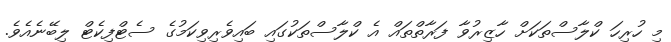
މި ހުރިހަަ ކްލާސްތަކަށް ހާޒިރުވާ ފަރާތްތައް އެ ކްލާސްތަކުގައި ބައިވެރިވިކަމުގެ ސެޓްފިކެޓް ލިބޭނެއެވެ.